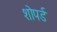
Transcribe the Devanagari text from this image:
शोपर्ड